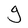
Character: g